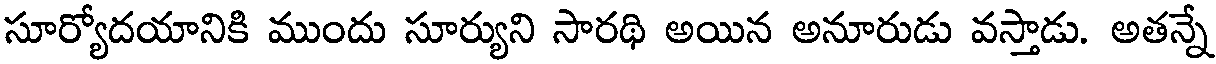
సూర్యోదయానికి ముందు సూర్యుని సారథి అయిన అనూరుడు వస్తాడు. అతన్నే